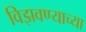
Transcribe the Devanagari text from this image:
विझवण्याच्या